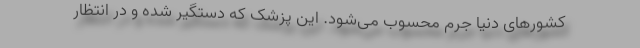
کشورهای دنیا جرم محسوب می‌شود. این پزشک که دستگیر شده و در انتظار